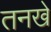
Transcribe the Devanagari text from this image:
तनखे